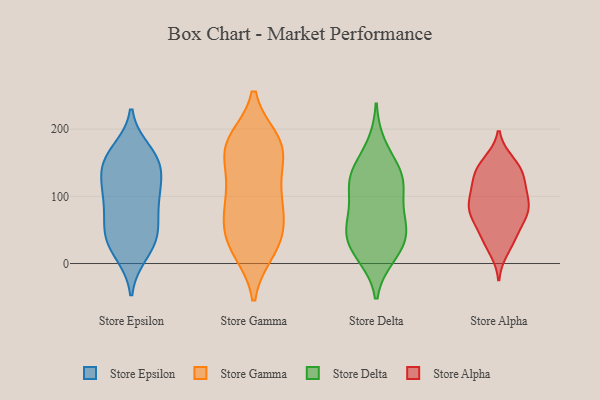
{"axis": {"x": "Shipments", "y": "Value"}, "legend": ["Store Alpha", "Store Delta", "Store Epsilon", "Store Gamma"], "data": [{"x": "", "y": 134, "type": "Store Epsilon"}, {"x": "", "y": 51, "type": "Store Epsilon"}, {"x": "", "y": 152, "type": "Store Epsilon"}, {"x": "", "y": 151, "type": "Store Epsilon"}, {"x": "", "y": 103, "type": "Store Epsilon"}, {"x": "", "y": 15, "type": "Store Epsilon"}, {"x": "", "y": 41, "type": "Store Epsilon"}, {"x": "", "y": 73, "type": "Store Epsilon"}, {"x": "", "y": 22, "type": "Store Epsilon"}, {"x": "", "y": 147, "type": "Store Epsilon"}, {"x": "", "y": 159, "type": "Store Epsilon"}, {"x": "", "y": 112, "type": "Store Epsilon"}, {"x": "", "y": 96, "type": "Store Epsilon"}, {"x": "", "y": 34, "type": "Store Epsilon"}, {"x": "", "y": 102, "type": "Store Epsilon"}, {"x": "", "y": 54, "type": "Store Epsilon"}, {"x": "", "y": 167, "type": "Store Epsilon"}, {"x": "", "y": 21, "type": "Store Gamma"}, {"x": "", "y": 120, "type": "Store Gamma"}, {"x": "", "y": 65, "type": "Store Gamma"}, {"x": "", "y": 18, "type": "Store Gamma"}, {"x": "", "y": 177, "type": "Store Gamma"}, {"x": "", "y": 177, "type": "Store Gamma"}, {"x": "", "y": 88, "type": "Store Gamma"}, {"x": "", "y": 140, "type": "Store Gamma"}, {"x": "", "y": 183, "type": "Store Gamma"}, {"x": "", "y": 21, "type": "Store Gamma"}, {"x": "", "y": 45, "type": "Store Gamma"}, {"x": "", "y": 63, "type": "Store Gamma"}, {"x": "", "y": 99, "type": "Store Gamma"}, {"x": "", "y": 49, "type": "Store Gamma"}, {"x": "", "y": 173, "type": "Store Gamma"}, {"x": "", "y": 167, "type": "Store Gamma"}, {"x": "", "y": 179, "type": "Store Gamma"}, {"x": "", "y": 103, "type": "Store Gamma"}, {"x": "", "y": 38, "type": "Store Delta"}, {"x": "", "y": 93, "type": "Store Delta"}, {"x": "", "y": 64, "type": "Store Delta"}, {"x": "", "y": 175, "type": "Store Delta"}, {"x": "", "y": 12, "type": "Store Delta"}, {"x": "", "y": 11, "type": "Store Delta"}, {"x": "", "y": 42, "type": "Store Delta"}, {"x": "", "y": 138, "type": "Store Delta"}, {"x": "", "y": 134, "type": "Store Delta"}, {"x": "", "y": 72, "type": "Store Delta"}, {"x": "", "y": 52, "type": "Store Delta"}, {"x": "", "y": 125, "type": "Store Delta"}, {"x": "", "y": 124, "type": "Store Delta"}, {"x": "", "y": 32, "type": "Store Delta"}, {"x": "", "y": 117, "type": "Store Delta"}, {"x": "", "y": 77, "type": "Store Alpha"}, {"x": "", "y": 82, "type": "Store Alpha"}, {"x": "", "y": 112, "type": "Store Alpha"}, {"x": "", "y": 107, "type": "Store Alpha"}, {"x": "", "y": 126, "type": "Store Alpha"}, {"x": "", "y": 35, "type": "Store Alpha"}, {"x": "", "y": 96, "type": "Store Alpha"}, {"x": "", "y": 73, "type": "Store Alpha"}, {"x": "", "y": 141, "type": "Store Alpha"}, {"x": "", "y": 121, "type": "Store Alpha"}, {"x": "", "y": 21, "type": "Store Alpha"}, {"x": "", "y": 38, "type": "Store Alpha"}, {"x": "", "y": 72, "type": "Store Alpha"}, {"x": "", "y": 151, "type": "Store Alpha"}, {"x": "", "y": 86, "type": "Store Alpha"}, {"x": "", "y": 78, "type": "Store Alpha"}, {"x": "", "y": 49, "type": "Store Alpha"}, {"x": "", "y": 141, "type": "Store Alpha"}, {"x": "", "y": 146, "type": "Store Alpha"}]}